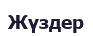
Жүздер